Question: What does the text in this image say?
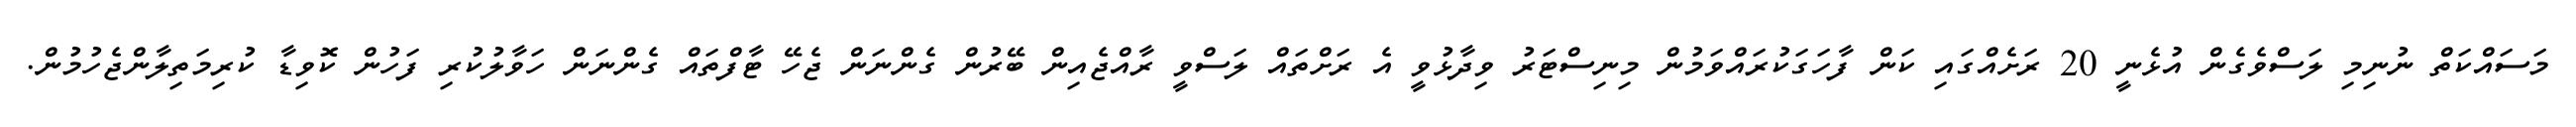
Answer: މަސައްކަތް ނުނިމި ލަސްވެގެން އުޅެނީ 20 ރަށެއްގައި ކަން ފާހަގަކުރައްވަމުން މިނިސްޓަރު ވިދާޅުވީ އެ ރަށްތައް ލަސްވީ ރާއްޖެއިން ބޭރުން ގެންނަން ޖެހޭ ޓާފްތައް ގެންނަން ހަވާލުކުރި ފަހުން ކޮވިޑާ ކުރިމަތިލާންޖެހުމުން.